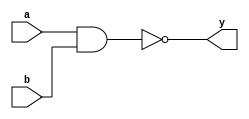
module nandD(y,a,b);
    output reg y;
    input      a;
    input      b;

    always @(a,b) begin
        #1 y = ~(a&b);
    end

endmodule